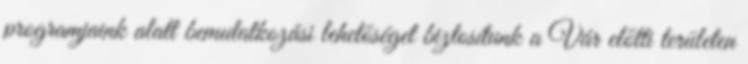
programjaink alatt bemutatkozási lehetőséget biztosítunk a Vár előtti területen